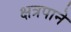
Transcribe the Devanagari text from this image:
क्षत्रपाने